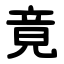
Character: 竟